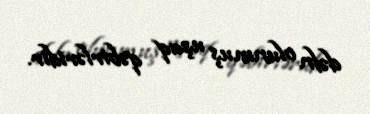
dəfn olunmuş uşaq qəbirləridir.